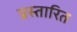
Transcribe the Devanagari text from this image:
प्रस्तारित